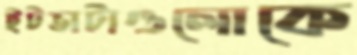
ইটভাটাগুলোকে